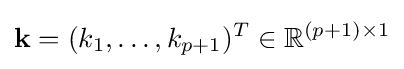
\mathbf {k} =(k_{1},\dots ,k_{p+1})^{T}\in \mathbb {R} ^{(p+1)\times 1}